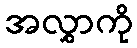
အလွှာကို